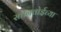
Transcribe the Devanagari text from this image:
स्तानवोईच्या